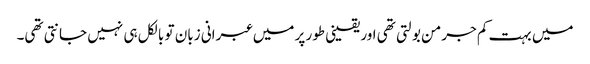
میں بہت کم جرمن بولتی تھی اور یقینی طور پر میں عبرانی زبان تو بالکل ہی نہیں جانتی تھی۔